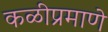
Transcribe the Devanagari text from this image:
कळीप्रमाणे